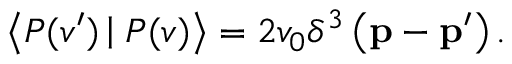
\left< { \cal P } ( v ^ { \prime } ) \left| \right. { \cal P } ( v ) \right> = 2 v _ { 0 } \delta ^ { 3 } \left( { \bf p - p ^ { \prime } } \right) .